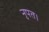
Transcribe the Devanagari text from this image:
नृपत।